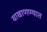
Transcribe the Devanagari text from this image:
वाखाणण्यात